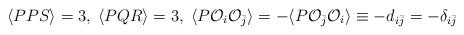
LaTeX: \begin{align*}\langle PPS \rangle =3 ,\; \langle PQR \rangle =3,\;\langle P{\cal O}_{i}{\cal O}_{\bar{j}}\rangle=-\langle P{\cal O}_{\bar{j}}{\cal O}_{i}\rangle \equiv -d_{i\bar{j}}=-\delta_{i\bar{j}}\end{align*}